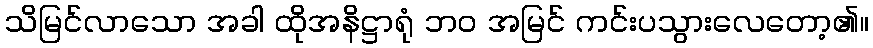
သိမြင်လာသော အခါ ထိုအနိဋ္ဌာရုံ ဘဝ အမြင် ကင်းပသွားလေတော့၏။